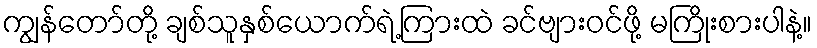
ကျွန်တော်တို့ ချစ်သူနှစ်ယောက်ရဲ့ကြားထဲ ခင်ဗျားဝင်ဖို့ မကြိုးစားပါနဲ့။